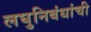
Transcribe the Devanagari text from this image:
लघुनिबंधांची